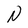
Character: N